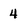
Character: 4